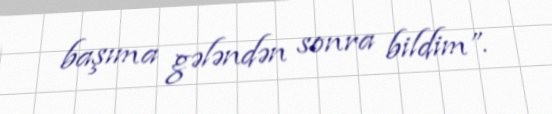
başıma gələndən sonra bildim”.